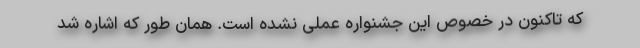
که تاکنون در خصوص این جشنواره عملی نشده است. همان طور که اشاره شد